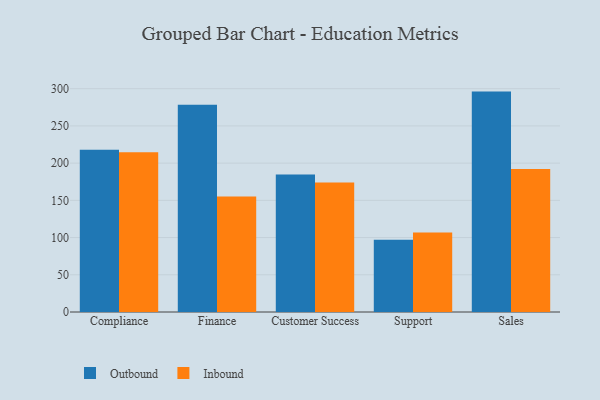
{"axis": {"x": "Department", "y": "Page Views"}, "legend": ["Inbound", "Outbound"], "data": [{"x": "Compliance", "y": 217.9, "type": "Outbound"}, {"x": "Compliance", "y": 214.7, "type": "Inbound"}, {"x": "Finance", "y": 278.5, "type": "Outbound"}, {"x": "Finance", "y": 155.3, "type": "Inbound"}, {"x": "Customer Success", "y": 184.8, "type": "Outbound"}, {"x": "Customer Success", "y": 173.9, "type": "Inbound"}, {"x": "Support", "y": 97.0, "type": "Outbound"}, {"x": "Support", "y": 106.8, "type": "Inbound"}, {"x": "Sales", "y": 296.1, "type": "Outbound"}, {"x": "Sales", "y": 192.0, "type": "Inbound"}]}